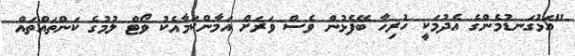
"އަޅުގަނޑުމެންގެ އެދުމަކީ ހުރިހާ ބޭފެޅުން ވެސް ވަރަށް އަމާންކަމާއެކު ވޯޓް ލުމުގެ ކަންތައްތައް